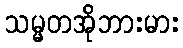
သမ္မတအိုဘားမား